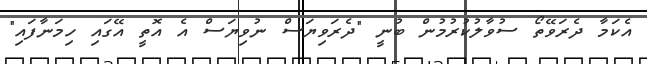
އެކަމާ ދެރަވޭތޯ ސުވާލުކުރުމުން ބުނީ "ދެރަވިޔަސް ނުވިޔަސް އެ އޮތީ އޭގައި ހިމަނާފައި"